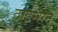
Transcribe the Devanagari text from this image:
टाईम्सने